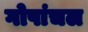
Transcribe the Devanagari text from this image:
गोपांचल